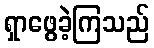
ရှာဖွေခဲ့ကြသည်